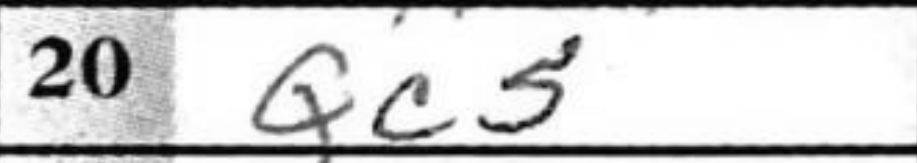
Transcription: Qc5